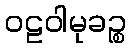
ဝဠဝါမုခဉ္စ